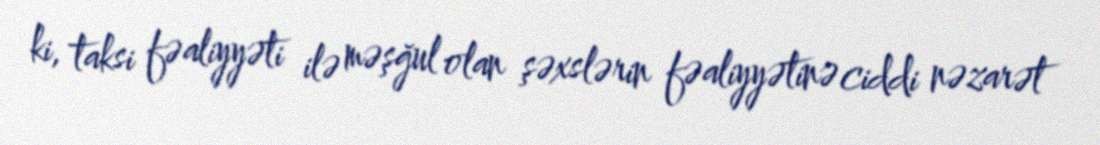
ki, taksi fəaliyyəti ilə məşğul olan şəxslərin fəaliyyətinə ciddi nəzarət